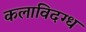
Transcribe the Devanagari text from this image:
कलाविदग्ध